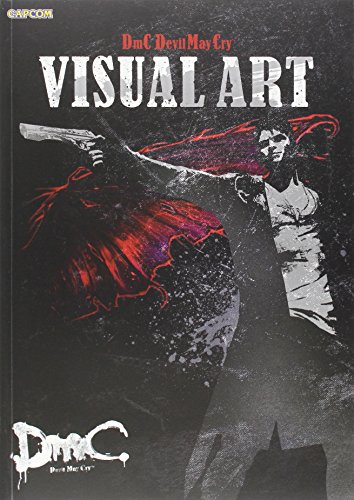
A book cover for DmC Devil May Cry: Visual Art; Arts & Photography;